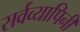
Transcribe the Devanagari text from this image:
सर्वव्यापिनी